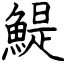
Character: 鯷